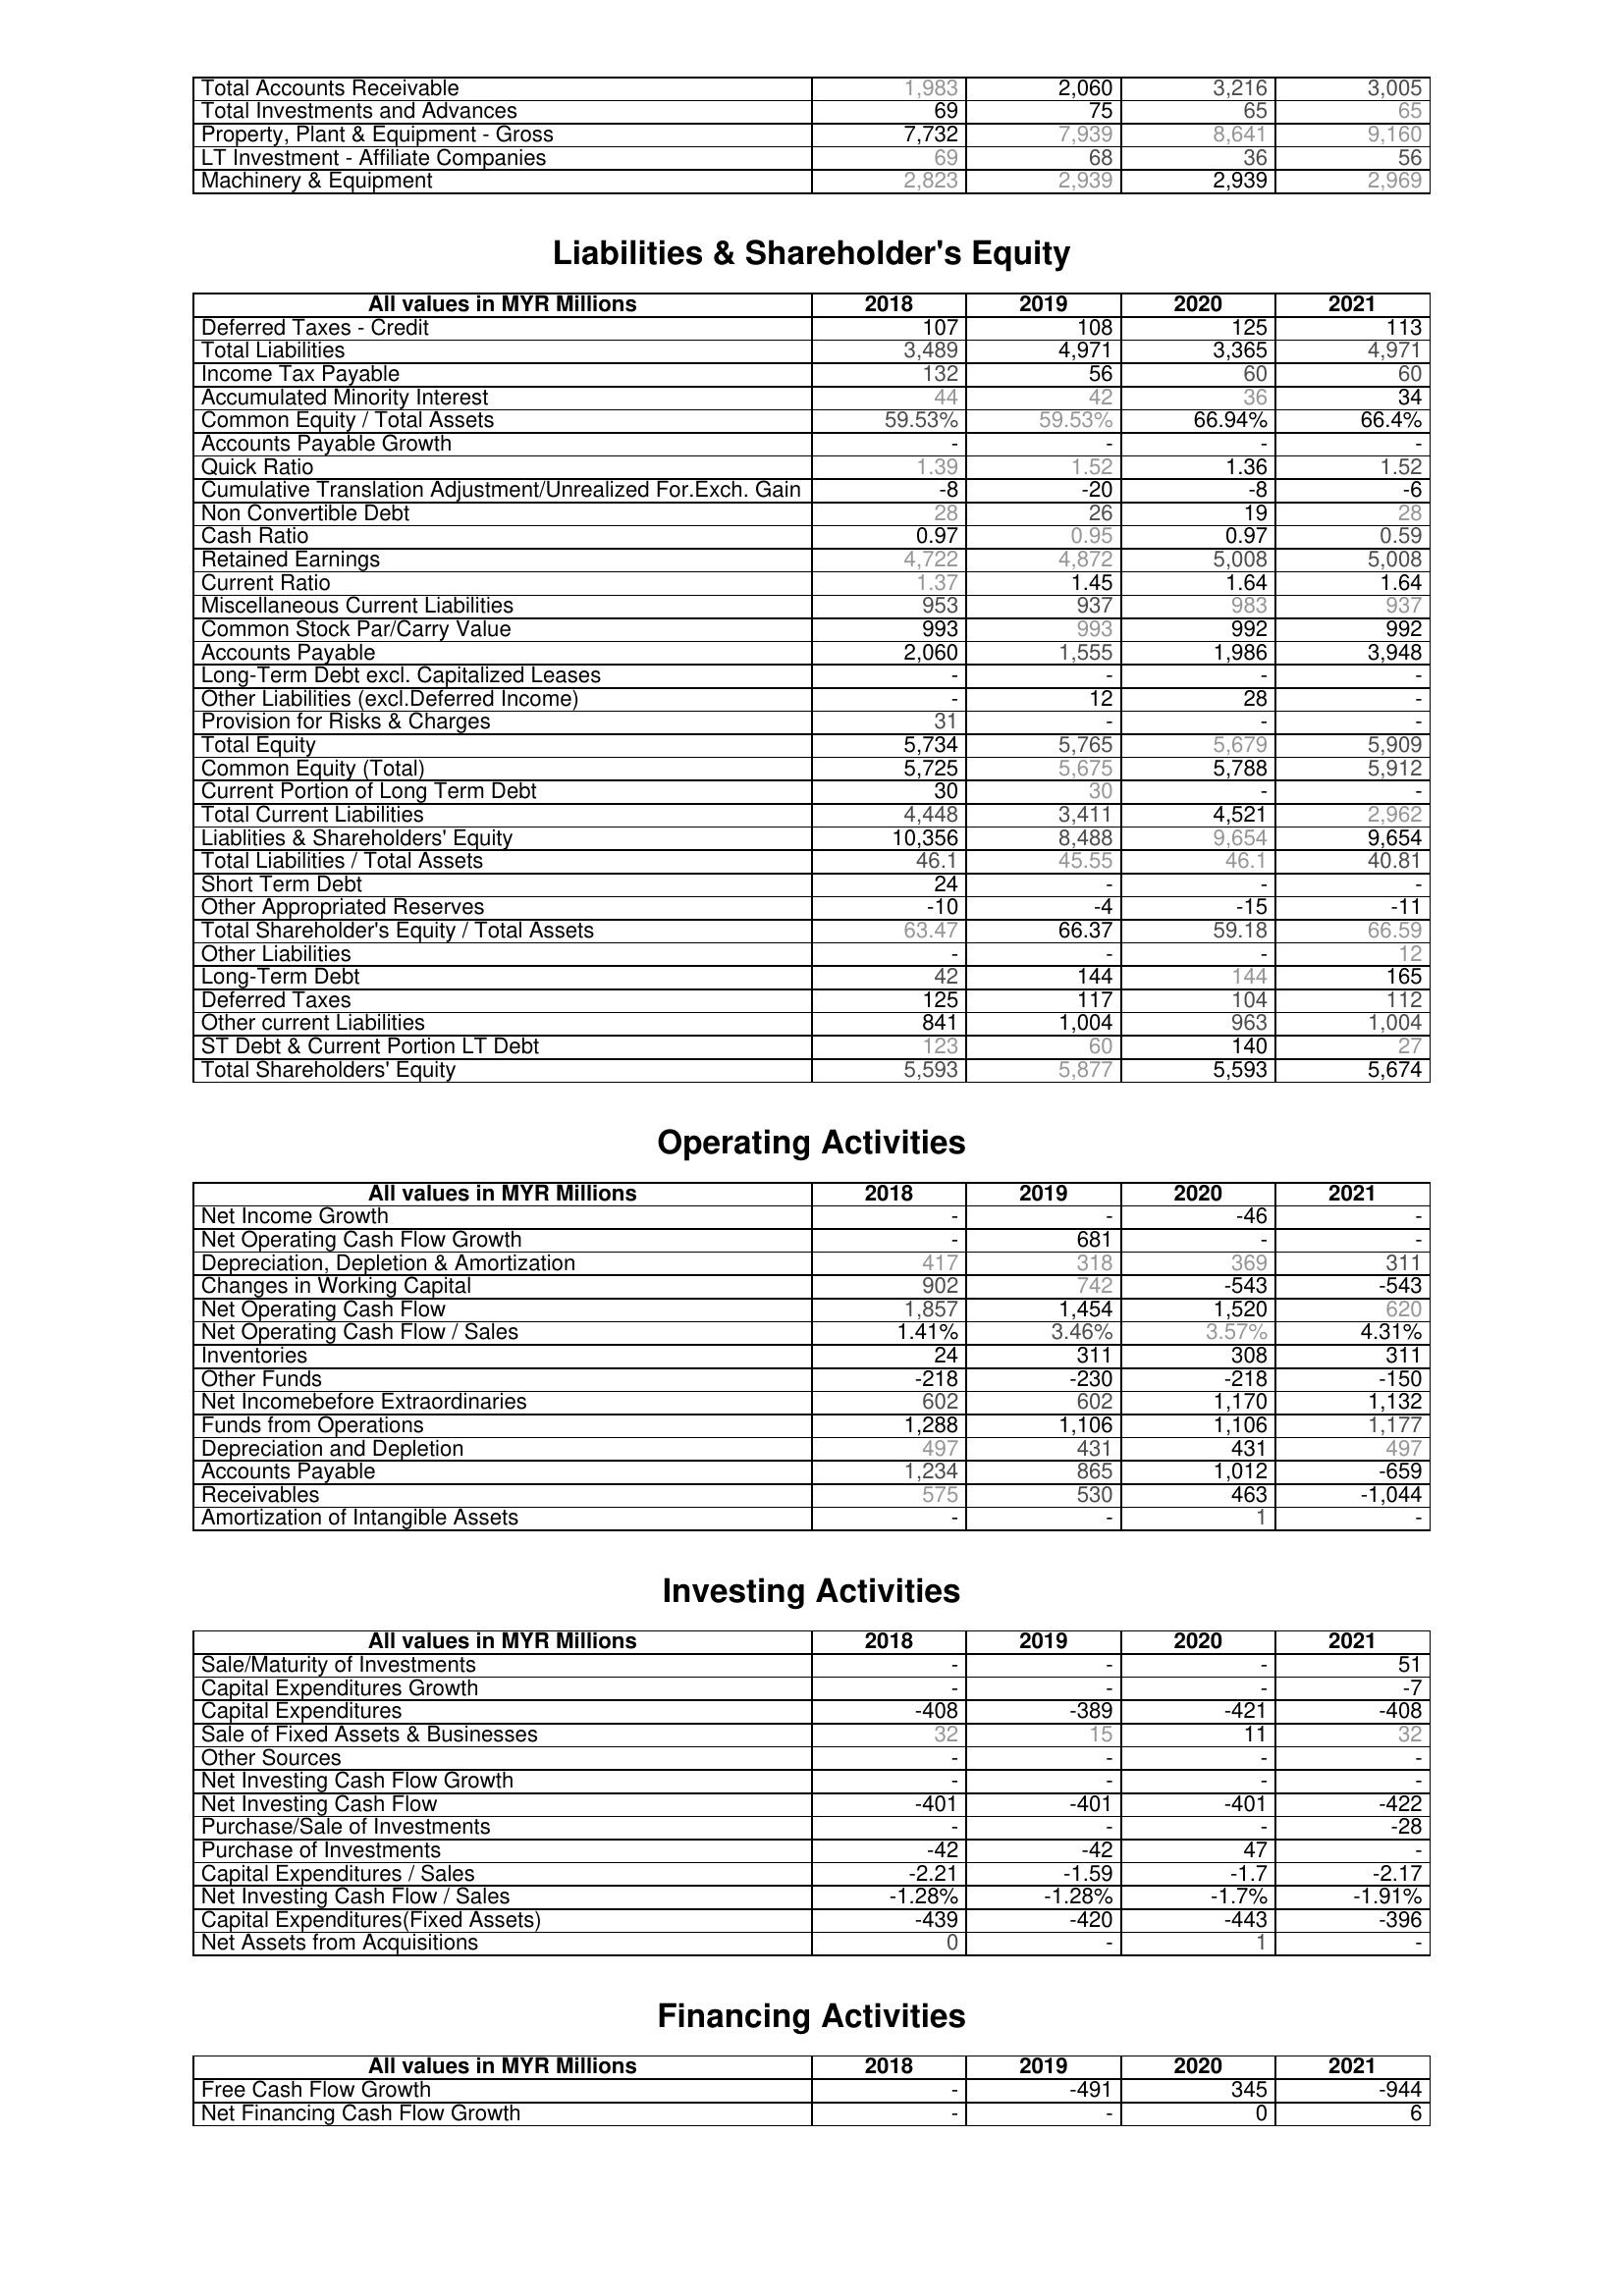
2018: Assets: Total Accounts Receivable: 1,983
Total Investments and Advances: 69
Property, Plant & Equipment - Gross : 7,732
LT Investment - Affiliate Companies: 69
Machinery & Equipment: 2,823
Liabilities & Shareholder's Equity: Deferred Taxes - Credit: 107
Total Liabilities: 3,489
Income Tax Payable: 132
Accumulated Minority Interest: 44
Common Equity / Total Assets: 59.53%
Accounts Payable Growth: -
Quick Ratio: 1.39
Cumulative Translation Adjustment/Unrealized For.Exch. Gain: -8
Non Convertible Debt: 28
Cash Ratio: 0.97
Retained Earnings: 4,722
Current Ratio: 1.37
Miscellaneous Current Liabilities: 953
Common Stock Par/Carry Value: 993
Accounts Payable: 2,060
Long-Term Debt excl. Capitalized Leases: -
Other Liabilities (excl.Deferred Income): -
Provision for Risks & Charges: 31
Total Equity: 5,734
Common Equity (Total): 5,725
Current Portion of Long Term Debt: 30
Total Current Liabilities: 4,448
Liablities & Shareholders' Equity: 10,356
Total Liabilities / Total Assets: 46.1
Short Term Debt: 24
Other Appropriated Reserves: -10
Total Shareholder's Equity / Total Assets: 63.47
Other Liabilities: -
Long-Term Debt: 42
Deferred Taxes: 125
Other current Liabilities: 841
ST Debt & Current Portion LT Debt: 123
Total Shareholders' Equity: 5,593
Operating Activities: Net Income Growth: -
Net Operating Cash Flow Growth: -
Depreciation, Depletion & Amortization: 417
Changes in Working Capital: 902
Net Operating Cash Flow: 1,857
Net Operating Cash Flow / Sales: 1.41%
Inventories: 24
Other Funds: -218
Net Incomebefore Extraordinaries: 602
Funds from Operations: 1,288
Depreciation and Depletion: 497
Accounts Payable: 1,234
Receivables: 575
Amortization of Intangible Assets: -
Investing Activities: Sale/Maturity of Investments: -
Capital Expenditures Growth: -
Capital Expenditures: -408
Sale of Fixed Assets & Businesses: 32
Other Sources: -
Net Investing Cash Flow Growth: -
Net Investing Cash Flow: -401
Purchase/Sale of Investments: -
Purchase of Investments: -42
Capital Expenditures / Sales: -2.21
Net Investing Cash Flow / Sales: -1.28%
Capital Expenditures(Fixed Assets): -439
Net Assets from Acquisitions: 0
Financing Activities: Free Cash Flow Growth: -
Net Financing Cash Flow Growth: -
2019: Assets: Total Accounts Receivable: 2,060
Total Investments and Advances: 75
Property, Plant & Equipment - Gross : 7,939
LT Investment - Affiliate Companies: 68
Machinery & Equipment: 2,939
Liabilities & Shareholder's Equity: Deferred Taxes - Credit: 108
Total Liabilities: 4,971
Income Tax Payable: 56
Accumulated Minority Interest: 42
Common Equity / Total Assets: 59.53%
Accounts Payable Growth: -
Quick Ratio: 1.52
Cumulative Translation Adjustment/Unrealized For.Exch. Gain: -20
Non Convertible Debt: 26
Cash Ratio: 0.95
Retained Earnings: 4,872
Current Ratio: 1.45
Miscellaneous Current Liabilities: 937
Common Stock Par/Carry Value: 993
Accounts Payable: 1,555
Long-Term Debt excl. Capitalized Leases: -
Other Liabilities (excl.Deferred Income): 12
Provision for Risks & Charges: -
Total Equity: 5,765
Common Equity (Total): 5,675
Current Portion of Long Term Debt: 30
Total Current Liabilities: 3,411
Liablities & Shareholders' Equity: 8,488
Total Liabilities / Total Assets: 45.55
Short Term Debt: -
Other Appropriated Reserves: -4
Total Shareholder's Equity / Total Assets: 66.37
Other Liabilities: -
Long-Term Debt: 144
Deferred Taxes: 117
Other current Liabilities: 1,004
ST Debt & Current Portion LT Debt: 60
Total Shareholders' Equity: 5,877
Operating Activities: Net Income Growth: -
Net Operating Cash Flow Growth: 681
Depreciation, Depletion & Amortization: 318
Changes in Working Capital: 742
Net Operating Cash Flow: 1,454
Net Operating Cash Flow / Sales: 3.46%
Inventories: 311
Other Funds: -230
Net Incomebefore Extraordinaries: 602
Funds from Operations: 1,106
Depreciation and Depletion: 431
Accounts Payable: 865
Receivables: 530
Amortization of Intangible Assets: -
Investing Activities: Sale/Maturity of Investments: -
Capital Expenditures Growth: -
Capital Expenditures: -389
Sale of Fixed Assets & Businesses: 15
Other Sources: -
Net Investing Cash Flow Growth: -
Net Investing Cash Flow: -401
Purchase/Sale of Investments: -
Purchase of Investments: -42
Capital Expenditures / Sales: -1.59
Net Investing Cash Flow / Sales: -1.28%
Capital Expenditures(Fixed Assets): -420
Net Assets from Acquisitions: -
Financing Activities: Free Cash Flow Growth: -491
Net Financing Cash Flow Growth: -
2020: Assets: Total Accounts Receivable: 3,216
Total Investments and Advances: 65
Property, Plant & Equipment - Gross : 8,641
LT Investment - Affiliate Companies: 36
Machinery & Equipment: 2,939
Liabilities & Shareholder's Equity: Deferred Taxes - Credit: 125
Total Liabilities: 3,365
Income Tax Payable: 60
Accumulated Minority Interest: 36
Common Equity / Total Assets: 66.94%
Accounts Payable Growth: -
Quick Ratio: 1.36
Cumulative Translation Adjustment/Unrealized For.Exch. Gain: -8
Non Convertible Debt: 19
Cash Ratio: 0.97
Retained Earnings: 5,008
Current Ratio: 1.64
Miscellaneous Current Liabilities: 983
Common Stock Par/Carry Value: 992
Accounts Payable: 1,986
Long-Term Debt excl. Capitalized Leases: -
Other Liabilities (excl.Deferred Income): 28
Provision for Risks & Charges: -
Total Equity: 5,679
Common Equity (Total): 5,788
Current Portion of Long Term Debt: -
Total Current Liabilities: 4,521
Liablities & Shareholders' Equity: 9,654
Total Liabilities / Total Assets: 46.1
Short Term Debt: -
Other Appropriated Reserves: -15
Total Shareholder's Equity / Total Assets: 59.18
Other Liabilities: -
Long-Term Debt: 144
Deferred Taxes: 104
Other current Liabilities: 963
ST Debt & Current Portion LT Debt: 140
Total Shareholders' Equity: 5,593
Operating Activities: Net Income Growth: -46
Net Operating Cash Flow Growth: -
Depreciation, Depletion & Amortization: 369
Changes in Working Capital: -543
Net Operating Cash Flow: 1,520
Net Operating Cash Flow / Sales: 3.57%
Inventories: 308
Other Funds: -218
Net Incomebefore Extraordinaries: 1,170
Funds from Operations: 1,106
Depreciation and Depletion: 431
Accounts Payable: 1,012
Receivables: 463
Amortization of Intangible Assets: 1
Investing Activities: Sale/Maturity of Investments: -
Capital Expenditures Growth: -
Capital Expenditures: -421
Sale of Fixed Assets & Businesses: 11
Other Sources: -
Net Investing Cash Flow Growth: -
Net Investing Cash Flow: -401
Purchase/Sale of Investments: -
Purchase of Investments: 47
Capital Expenditures / Sales: -1.7
Net Investing Cash Flow / Sales: -1.7%
Capital Expenditures(Fixed Assets): -443
Net Assets from Acquisitions: 1
Financing Activities: Free Cash Flow Growth: 345
Net Financing Cash Flow Growth: 0
2021: Assets: Total Accounts Receivable: 3,005
Total Investments and Advances: 65
Property, Plant & Equipment - Gross : 9,160
LT Investment - Affiliate Companies: 56
Machinery & Equipment: 2,969
Liabilities & Shareholder's Equity: Deferred Taxes - Credit: 113
Total Liabilities: 4,971
Income Tax Payable: 60
Accumulated Minority Interest: 34
Common Equity / Total Assets: 66.4%
Accounts Payable Growth: -
Quick Ratio: 1.52
Cumulative Translation Adjustment/Unrealized For.Exch. Gain: -6
Non Convertible Debt: 28
Cash Ratio: 0.59
Retained Earnings: 5,008
Current Ratio: 1.64
Miscellaneous Current Liabilities: 937
Common Stock Par/Carry Value: 992
Accounts Payable: 3,948
Long-Term Debt excl. Capitalized Leases: -
Other Liabilities (excl.Deferred Income): -
Provision for Risks & Charges: -
Total Equity: 5,909
Common Equity (Total): 5,912
Current Portion of Long Term Debt: -
Total Current Liabilities: 2,962
Liablities & Shareholders' Equity: 9,654
Total Liabilities / Total Assets: 40.81
Short Term Debt: -
Other Appropriated Reserves: -11
Total Shareholder's Equity / Total Assets: 66.59
Other Liabilities: 12
Long-Term Debt: 165
Deferred Taxes: 112
Other current Liabilities: 1,004
ST Debt & Current Portion LT Debt: 27
Total Shareholders' Equity: 5,674
Operating Activities: Net Income Growth: -
Net Operating Cash Flow Growth: -
Depreciation, Depletion & Amortization: 311
Changes in Working Capital: -543
Net Operating Cash Flow: 620
Net Operating Cash Flow / Sales: 4.31%
Inventories: 311
Other Funds: -150
Net Incomebefore Extraordinaries: 1,132
Funds from Operations: 1,177
Depreciation and Depletion: 497
Accounts Payable: -659
Receivables: -1,044
Amortization of Intangible Assets: -
Investing Activities: Sale/Maturity of Investments: 51
Capital Expenditures Growth: -7
Capital Expenditures: -408
Sale of Fixed Assets & Businesses: 32
Other Sources: -
Net Investing Cash Flow Growth: -
Net Investing Cash Flow: -422
Purchase/Sale of Investments: -28
Purchase of Investments: -
Capital Expenditures / Sales: -2.17
Net Investing Cash Flow / Sales: -1.91%
Capital Expenditures(Fixed Assets): -396
Net Assets from Acquisitions: -
Financing Activities: Free Cash Flow Growth: -944
Net Financing Cash Flow Growth: 6